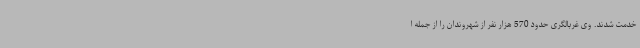
خدمت شدند. وی غربالگری حدود 570 هزار نفر از شهروندان را از جمله ا